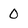
Character: 0